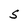
Character: S